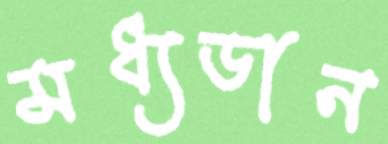
মধ্যডান